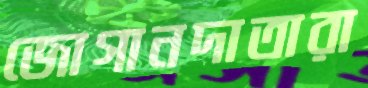
জোগানদাতারা